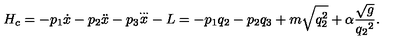
H _ { c } = - p _ { 1 } { \dot { x } } - p _ { 2 } { \ddot { x } } - p _ { 3 } { \stackrel { \ldots } { x } } - L = - p _ { 1 } q _ { 2 } - p _ { 2 } q _ { 3 } + m \sqrt { q _ { 2 } ^ { 2 } } + \alpha \frac { \sqrt { g } } { { q _ { 2 } } ^ { 2 } } .